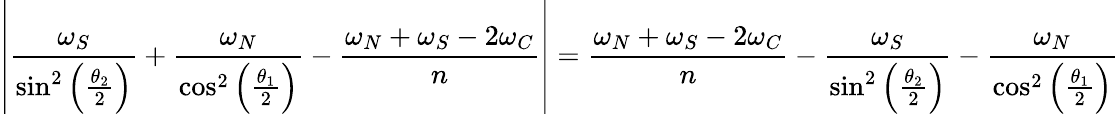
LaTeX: \left|\frac{\omega_{S}}{\sin^{2}\left(\frac{\theta_{2}}{2}\right)}+\frac{\omega_{N}}{\cos^{2}\left(\frac{\theta_{1}}{2}\right)}-\frac{\omega_{N}+\omega_{S}-2\omega_{C}}{n}\right|=\frac{\omega_{N}+\omega_{S}-2\omega_{C}}{n}-\frac{\omega_{S}}{\sin^{2}\left(\frac{\theta_{2}}{2}\right)}-\frac{\omega_{N}}{\cos^{2}\left(\frac{\theta_{1}}{2}\right)}